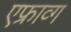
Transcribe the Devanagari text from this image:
एफ्राव्ग